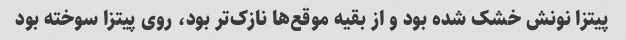
پیتزا نونش خشک شده بود و از بقیه موقع‌ها نازک‌تر بود، روی پیتزا سوخته بود